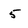
Character: 5